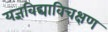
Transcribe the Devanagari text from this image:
यज्ञविद्याविचक्षण